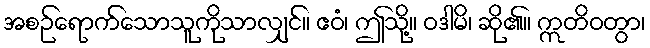
အစဉ်ရောက်သောသူကိုသာလျှင်။ ဧဝံ၊ ဤသို့။ ဝဒါမိ၊ ဆို၏။ ဣတိဝတွာ၊